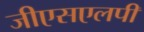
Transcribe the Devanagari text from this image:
जीएसएलपी